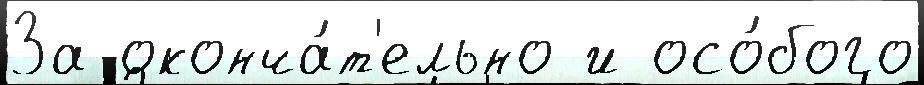
За оконча́т'ельно и осо́бого